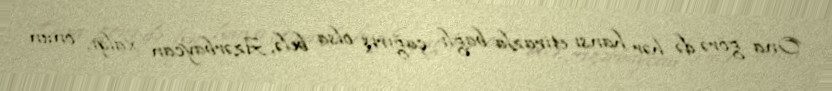
Ona görə də hər hansı etirazla bağlı çağırış olsa belə, Azərbaycan xalqı, onun